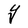
Character: Y